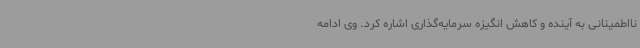
نااطمینانی به آینده و کاهش انگیزه سرمایه‌گذاری اشاره کرد. وی ادامه